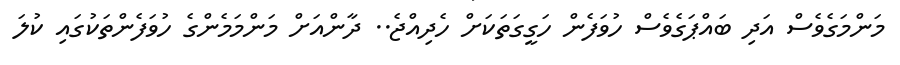
މަންމަގެވެސް އަދި ބައްޕަގެވެސް ހުވަފެން ހަގީގަތަކަށް ހެދިއްޖެ.. ދާންއަށް މަންމަމެންގެ ހުވަފެންތަކުގައި ކުލަ